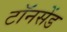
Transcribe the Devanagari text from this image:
टॉनसेंड